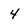
Character: 4